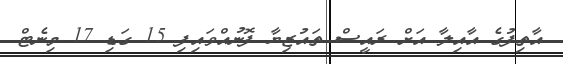
އާތިފުގެ އާއިލާ އަށް ރައީސް ތައުޒިޔާ ފޮނުއްވައިފި 15 ގަޑި 17 މިނެޓް